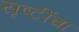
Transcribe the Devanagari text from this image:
सृष्टींचा